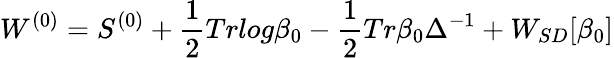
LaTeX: W^{(0)}=S^{(0)}+\frac{1}{2}Trlog\beta_{0}-\frac{1}{2}Tr\beta_{0}\Delta^{-1}+W_{SD}[\beta_{0}]